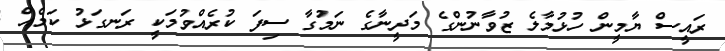
ރައީސް ޔާމީން ހުޅުމާލެ ޒުވާނުންގެ މަދީނާގެ ނަމުގާ ސިފަ ކުރެއްްވުމަކީ ރަނގަޅު ކަމެއް